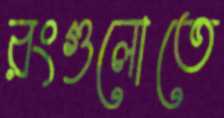
রংগুলোতে